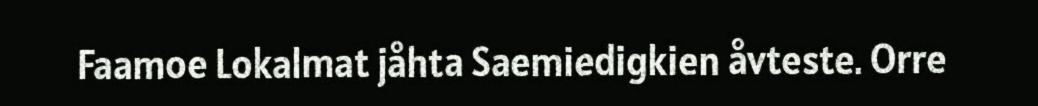
Faamoe Lokalmat jåhta Saemiedigkien åvteste. Orre